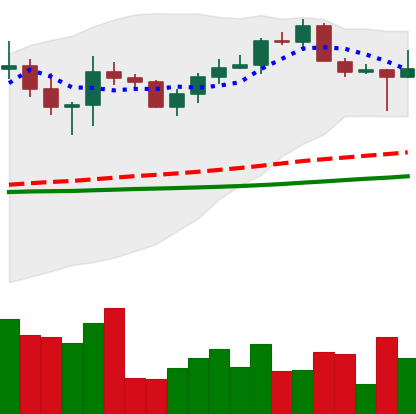
Ticker: XRP-USD
Chart end date: 2022-10-14
Forward return: -7.718%
Label: down_7plus